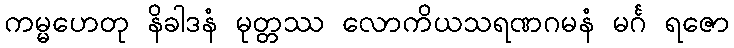
ကမ္မဟေတု နိခါဒနံ မုတ္တဿ လောကိယသရဏဂမနံ မင်္ဂ ရဇော